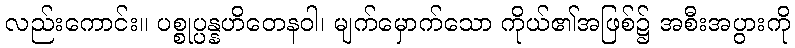
လည်းကောင်း။ ပစ္စုပ္ပန္နဟိတေနဝါ၊ မျက်မှောက်သော ကိုယ်၏အဖြစ်၌ အစီးအပွားကို